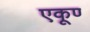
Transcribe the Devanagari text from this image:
एकूण्‍